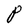
Character: P